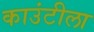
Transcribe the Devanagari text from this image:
काउंटीला